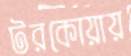
টরকোয়ায়